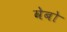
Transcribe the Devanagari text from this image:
वेबो